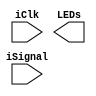
module LEDS (
	input iSignal,
	input iClk,
	output [9:0]LEDs
);

reg [9:0]rled_D;
reg [9:0]rled_Q;
always @ (posedge iClk)

	begin 
	rled_Q <= rled_D;
	end

always @ *
if(iSignal)
begin
	rled_D = 10'b1111111111;
end
endmodule